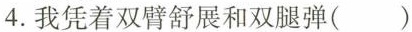
4.我凭着双臂舒展和双腿弹( )